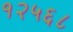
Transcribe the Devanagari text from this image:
१२५६८